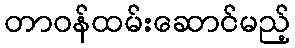
တာဝန်ထမ်းဆောင်မည့်